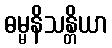
ဓမ္မနိသန္တိယာ